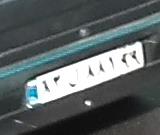
۸۳ل۸۸۱۹۹